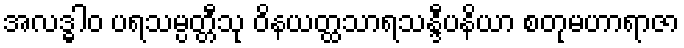
အလဒ္ဓါဝ ပရသမ္ပတ္တီသု ဝိနယတ္ထသာရသန္ဒီပနိယာ စတုမဟာရာဇာ